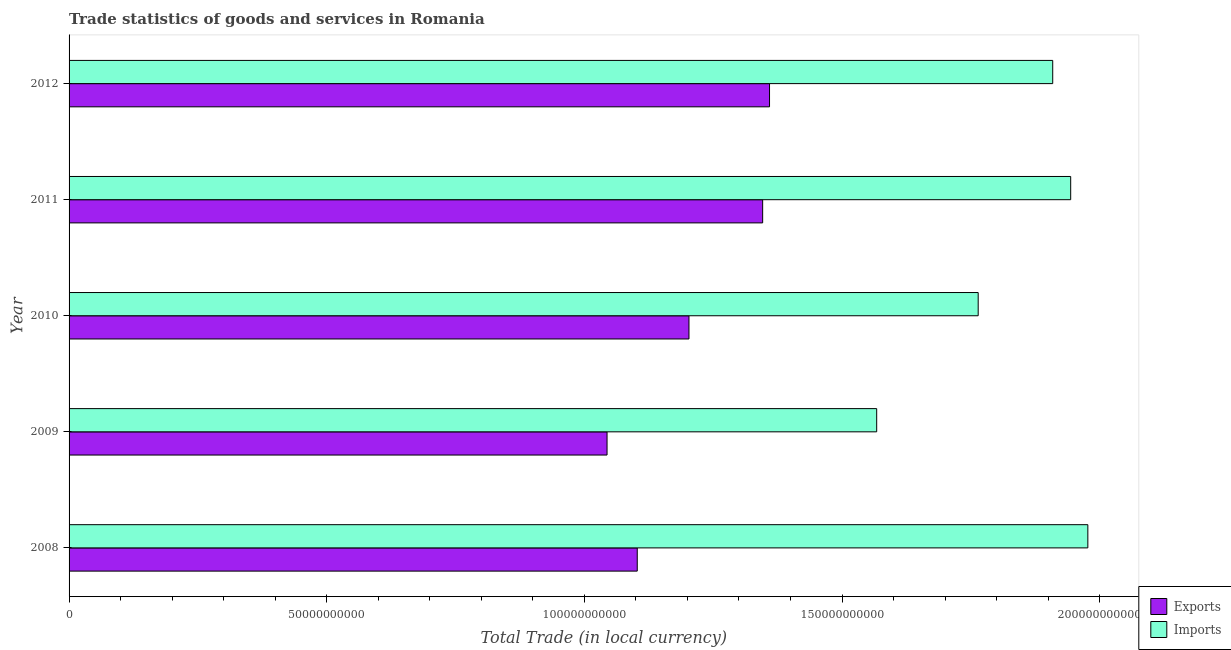
| Year | Exports | Imports |
 | --- | --- | --- |
 | 2008 | 1.1e+11 | 1.98e+11 |
 | 2009 | 1.04e+11 | 1.57e+11 |
 | 2010 | 1.2e+11 | 1.76e+11 |
 | 2011 | 1.35e+11 | 1.94e+11 |
 | 2012 | 1.36e+11 | 1.91e+11 |